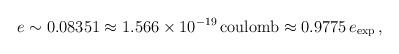
LaTeX: \begin{align*}e \sim 0.08351 \approx 1.566 \times 10^{-19} \, \mathrm{coulomb} \approx 0.9775 \, e_{\mathrm{exp}}\,, \end{align*}